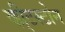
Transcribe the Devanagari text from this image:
व्ही्टस्टोन